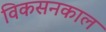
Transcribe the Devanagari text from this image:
विकसनकाल